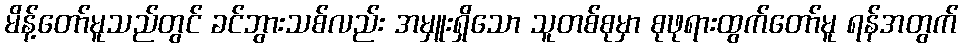
မိန့်တော်မူသည်တွင် ခင်ဘွားသစ်လည်း အမှူးရှိသော သူတစ်စုမှာ စုဖုရားထွက်တော်မူ ရန်အတွက်